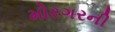
મોરગરની